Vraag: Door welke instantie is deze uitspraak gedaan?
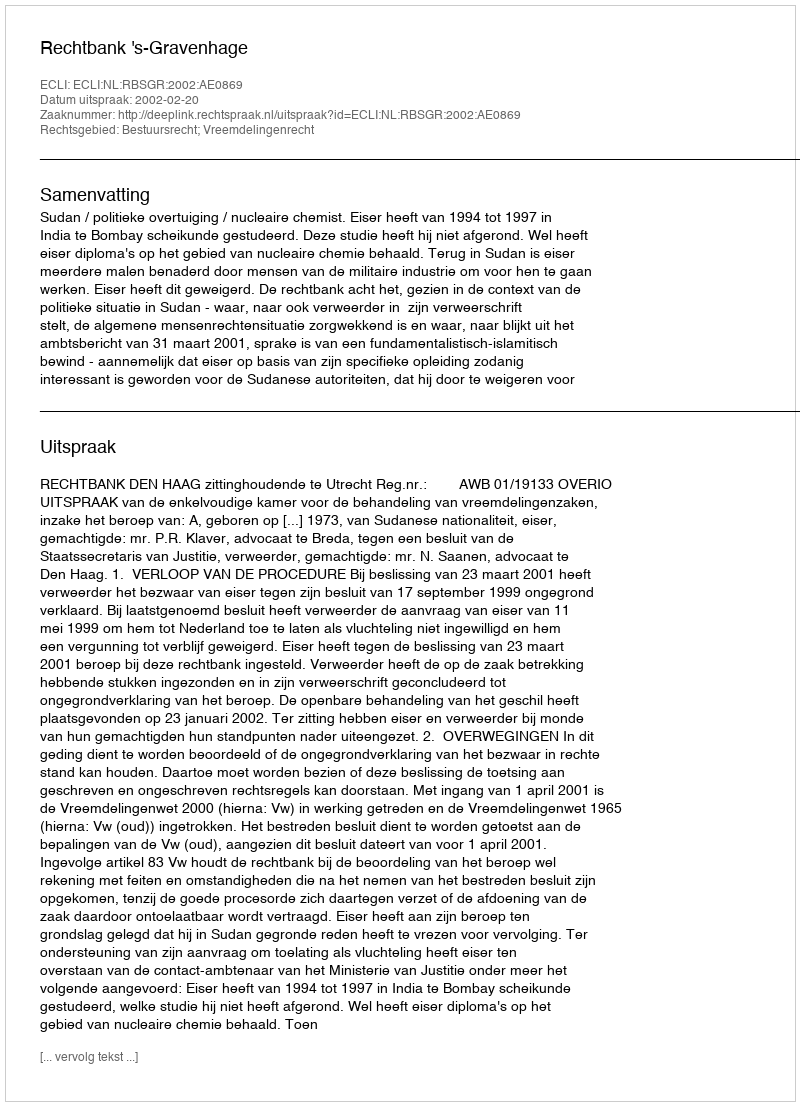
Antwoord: Rechtbank 's-Gravenhage